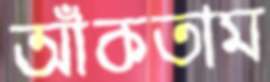
আঁকতাম